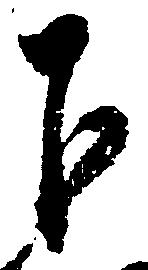
下